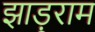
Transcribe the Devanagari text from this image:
झाड़ूराम